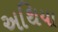
અથિયા